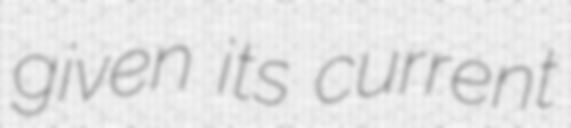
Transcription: given its current